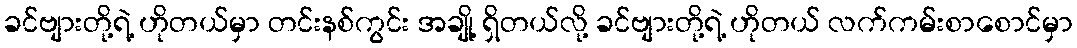
ခင်ဗျားတို့ရဲ့ ဟိုတယ်မှာ တင်းနစ်ကွင်း အချို့ ရှိတယ်လို့ ခင်ဗျားတို့ရဲ့ ဟိုတယ် လက်ကမ်းစာစောင်မှာ